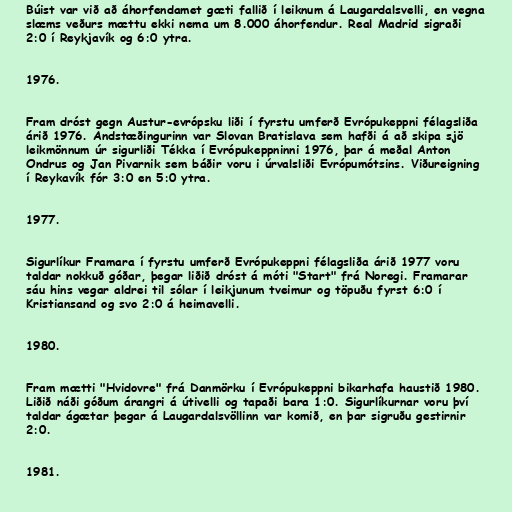
Búist var við að áhorfendamet gæti fallið í leiknum á Laugardalsvelli, en vegna
slæms veðurs mættu ekki nema um 8.000 áhorfendur. Real Madrid sigraði
2:0 í Reykjavík og 6:0 ytra.

1976.

Fram dróst gegn Austur-evrópsku liði í fyrstu umferð Evrópukeppni félagsliða
árið 1976. Andstæðingurinn var Slovan Bratislava sem hafði á að skipa sjö
leikmönnum úr sigurliði Tékka í Evrópukeppninni 1976, þar á meðal Anton
Ondrus og Jan Pivarnik sem báðir voru i úrvalsliði Evrópumótsins. Viðureigning
í Reykavík fór 3:0 en 5:0 ytra.

1977.

Sigurlíkur Framara í fyrstu umferð Evrópukeppni félagsliða árið 1977 voru
taldar nokkuð góðar, þegar liðið dróst á móti "Start" frá Noregi. Framarar
sáu hins vegar aldrei til sólar í leikjunum tveimur og töpuðu fyrst 6:0 í
Kristiansand og svo 2:0 á heimavelli.

1980.

Fram mætti "Hvidovre" frá Danmörku í Evrópukeppni bikarhafa haustið 1980.
Liðið náði góðum árangri á útivelli og tapaði bara 1:0. Sigurlíkurnar voru því
taldar ágætar þegar á Laugardalsvöllinn var komið, en þar sigruðu gestirnir
2:0.

1981.